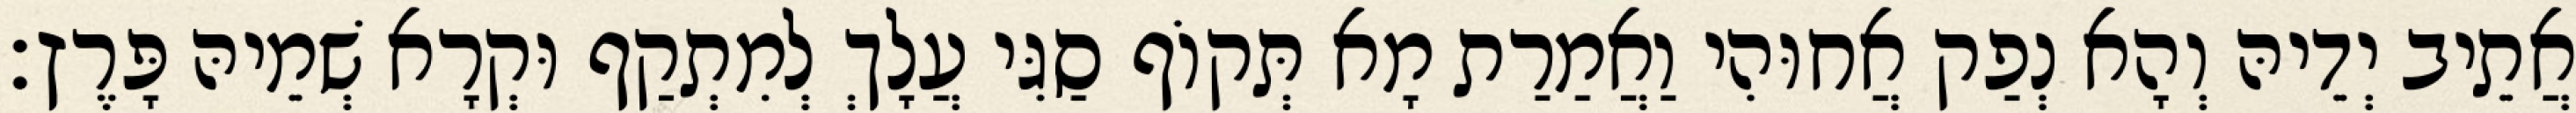
אֲתֵיב יְדֵיהּ וְהָא נְפַק אֲחוּהִי וַאֲמַרַת מָא תְּקוֹף סַגִּי עֲלָךְ לְמִתְקַף וּקְרָא שְׁמֵיהּ פָּרֶץ׃